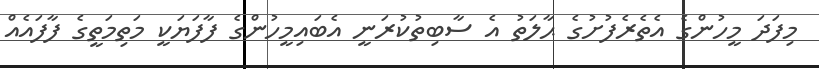
މިފަދަ މީހުންގެ އެތެރެފުށުގެ ޙާލަތު އެ ސާބިތުކުރަނީ އެބައިމީހުންގެ ފާފަޔަކީ މަތިމަތީގެ ފާފައެއް